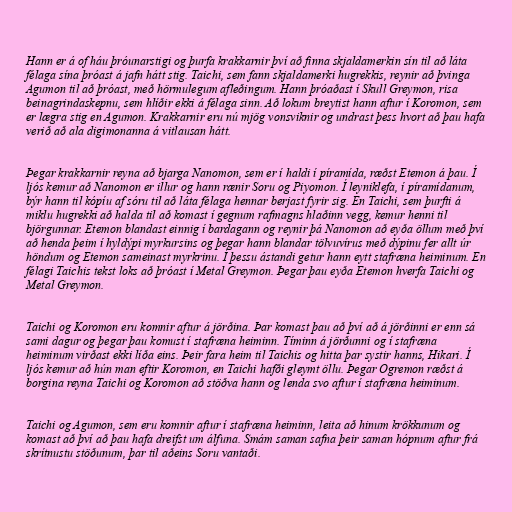
Hann er á of háu þróunarstigi og þurfa krakkarnir því að finna skjaldamerkin sín til að láta
félaga sína þróast á jafn hátt stig. Taichi, sem fann skjaldamerki hugrekkis, reynir að þvinga
Agumon til að þróast, með hörmulegum afleðingum. Hann þróaðast í Skull Greymon, risa
beinagrindaskepnu, sem hlíðir ekki á félaga sinn. Að lokum breytist hann aftur í Koromon, sem
er lægra stig en Agumon. Krakkarnir eru nú mjög vonsviknir og undrast þess hvort að þau hafa
verið að ala digimonanna á vitlausan hátt.

Þegar krakkarnir reyna að bjarga Nanomon, sem er í haldi í píramída, ræðst Etemon á þau. Í
ljós kemur að Nanomon er illur og hann rænir Soru og Piyomon. Í leyniklefa, í píramídanum,
býr hann til kópíu af sóru til að láta félaga hennar berjast fyrir sig. En Taichi, sem þurfti á
miklu hugrekki að halda til að komast í gegnum rafmagns hlaðinn vegg, kemur henni til
björgunnar. Etemon blandast einnig í bardagann og reynir þá Nanomon að eyða öllum með því
að henda þeim í hyldýpi myrkursins og þegar hann blandar tölvuvírus með dýpinu fer allt úr
höndum og Etemon sameinast myrkrinu. Í þessu ástandi getur hann eytt stafræna heiminum. En
félagi Taichis tekst loks að þróast í Metal Greymon. Þegar þau eyða Etemon hverfa Taichi og
Metal Greymon.

Taichi og Koromon eru komnir aftur á jörðina. Þar komast þau að því að á jörðinni er enn sá
sami dagur og þegar þau komust í stafræna heiminn. Tíminn á jörðunni og í stafræna
heiminum virðast ekki líða eins. Þeir fara heim til Taichis og hitta þar systir hanns, Hikari. Í
ljós kemur að hún man eftir Koromon, en Taichi hafði gleymt öllu. Þegar Ogremon ræðst á
borgina reyna Taichi og Koromon að stöðva hann og lenda svo aftur í stafræna heiminum.

Taichi og Agumon, sem eru komnir aftur í stafræna heiminn, leita að hinum krökkunum og
komast að því að þau hafa dreifst um álfuna. Smám saman safna þeir saman hópnum aftur frá
skrítnustu stöðunum, þar til aðeins Soru vantaði.